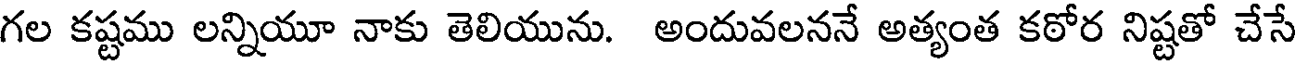
గల కష్టము లన్నియూ నాకు తెలియును. అందువలననే అత్యంత కఠోర నిష్టతో చేసే